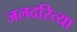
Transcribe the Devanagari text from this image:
जलदरित्या